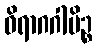
ဝိရာဂဂါမိဉ္စ